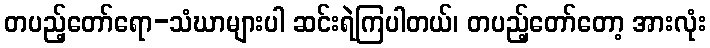
တပည့်တော်ရော-သံဃာများပါ ဆင်းရဲကြပါတယ်၊ တပည့်တော်တော့ အားလုံး